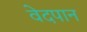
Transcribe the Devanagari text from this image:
वेदपान